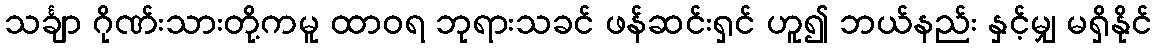
သင်္ချာ ဂိုဏ်းသားတို့ကမူ ထာဝရ ဘုရားသခင် ဖန်ဆင်းရှင် ဟူ၍ ဘယ်နည်း နှင့်မျှ မရှိနိုင်